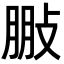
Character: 𢽩